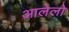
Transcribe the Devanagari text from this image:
आलेलो